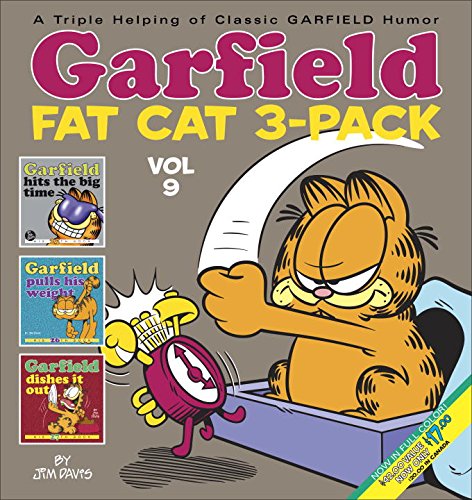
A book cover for Garfield Fat-Cat 3-Pack #9; Jim Davis; Humor & Entertainment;